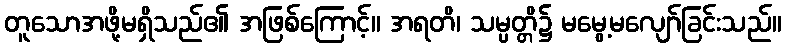
တူသောအဖို့မရှိသည်၏ အဖြစ်ကြောင့်။ အရတိ၊ သမ္ပတ္တိ၌ မမွေ့မလျော်ခြင်းသည်။